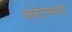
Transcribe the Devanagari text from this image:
क्लेटनमध्ये